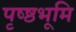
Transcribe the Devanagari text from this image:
पृष्ष्ठभूमि